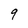
Character: 9